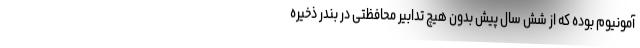
آمونیوم بوده که از شش سال پیش بدون هیچ تدابیر محافظتی در بندر ذخیره